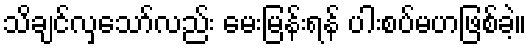
သိချင်လှသော်လည်း မေးမြန်းရန် ပါးစပ်မဟဖြစ်ခဲ့။